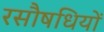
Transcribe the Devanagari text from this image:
रसौषधियों